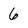
Character: 6